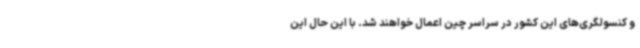
و کنسولگری‌های این کشور در سراسر چین اعمال خواهند شد. با این حال این